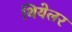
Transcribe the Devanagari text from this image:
थियेलर